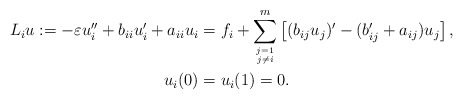
\begin{align*}L_i u := -\varepsilon u_i'' + b_{ii}u_i' + a_{ii}u_i &= f_i + \sum_{\genfrac{}{}{0pt}{}{j=1}{j\ne i}}^m \left[ (b_{ij}u_j)' - (b_{ij}'+a_{ij})u_j \right],\\ u_i(0) &= u_i(1) = 0.\end{align*}